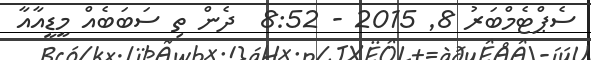
ސެޕްޓެމްބަރު 8